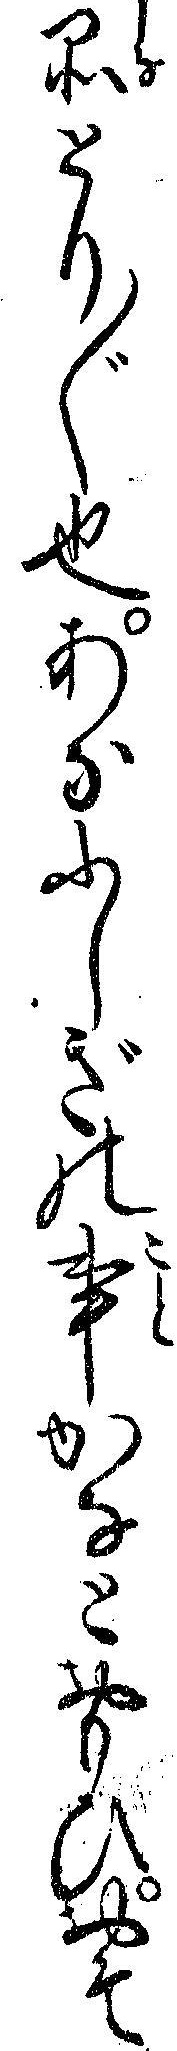
品とり〲也あなふしぎの事かなとおもひおそ